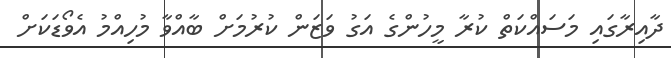
ދާއިރާގައި މަސައްކަތް ކުރާ މީހުންގެ އަގު ވަޒަން ކުރުމަށް ބާއްވާ މުހިއްމު އެވޯޑަކަށް